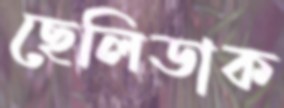
ছেলিডাক